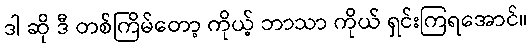
ဒါ ဆို ဒီ တစ်ကြိမ်တော့ ကိုယ့် ဘာသာ ကိုယ် ရှင်းကြရအောင်။